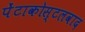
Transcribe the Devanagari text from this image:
पेंटाकोस्टलवाद